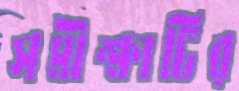
সমীক্ষাটির